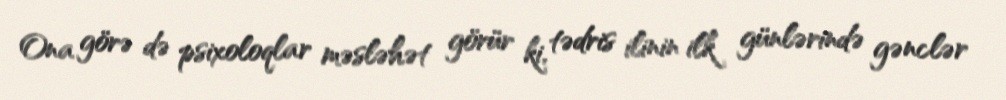
Ona görə də psixoloqlar məsləhət görür ki, tədris ilinin ilk günlərində gənclər